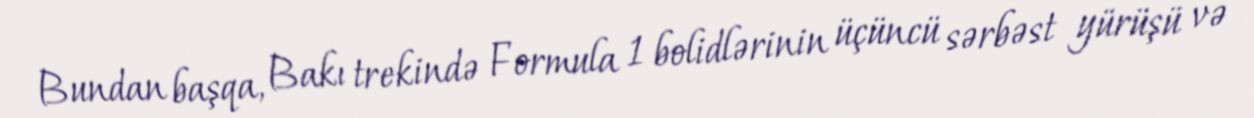
Bundan başqa, Bakı trekində Formula 1 bolidlərinin üçüncü sərbəst yürüşü və